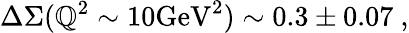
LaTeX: \Delta\Sigma(\mathbb{Q}^{2}\sim10\mathrm{{GeV}}^{2})\sim0.3\pm0.07\ ,